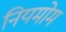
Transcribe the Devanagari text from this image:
नियमोम